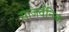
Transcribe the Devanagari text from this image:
साजर्वनिक